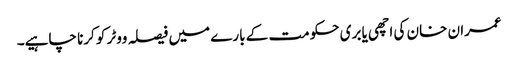
عمران خان کی اچھی یا بری حکومت کے بارے میں فیصلہ ووٹر کو کرنا چاہیے۔